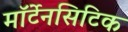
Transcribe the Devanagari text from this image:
मॉर्टेनसिटिक